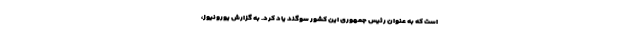
است که به عنوان رئيس جمهوری این کشور سوگند یاد کرد. به گزارش یورونیوز،